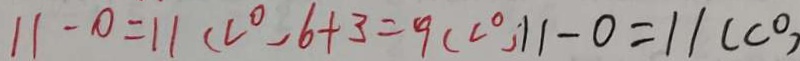
1 1 - 0 = 1 1 ( c ^ { \circ } - 6 + 3 = 9 ( c ^ { \circ } ) 1 1 - 0 = 1 1 ( c ^ { \circ } )